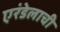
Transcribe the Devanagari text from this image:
एरंडेलाची